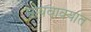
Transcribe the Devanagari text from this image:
घोषवाक्यात